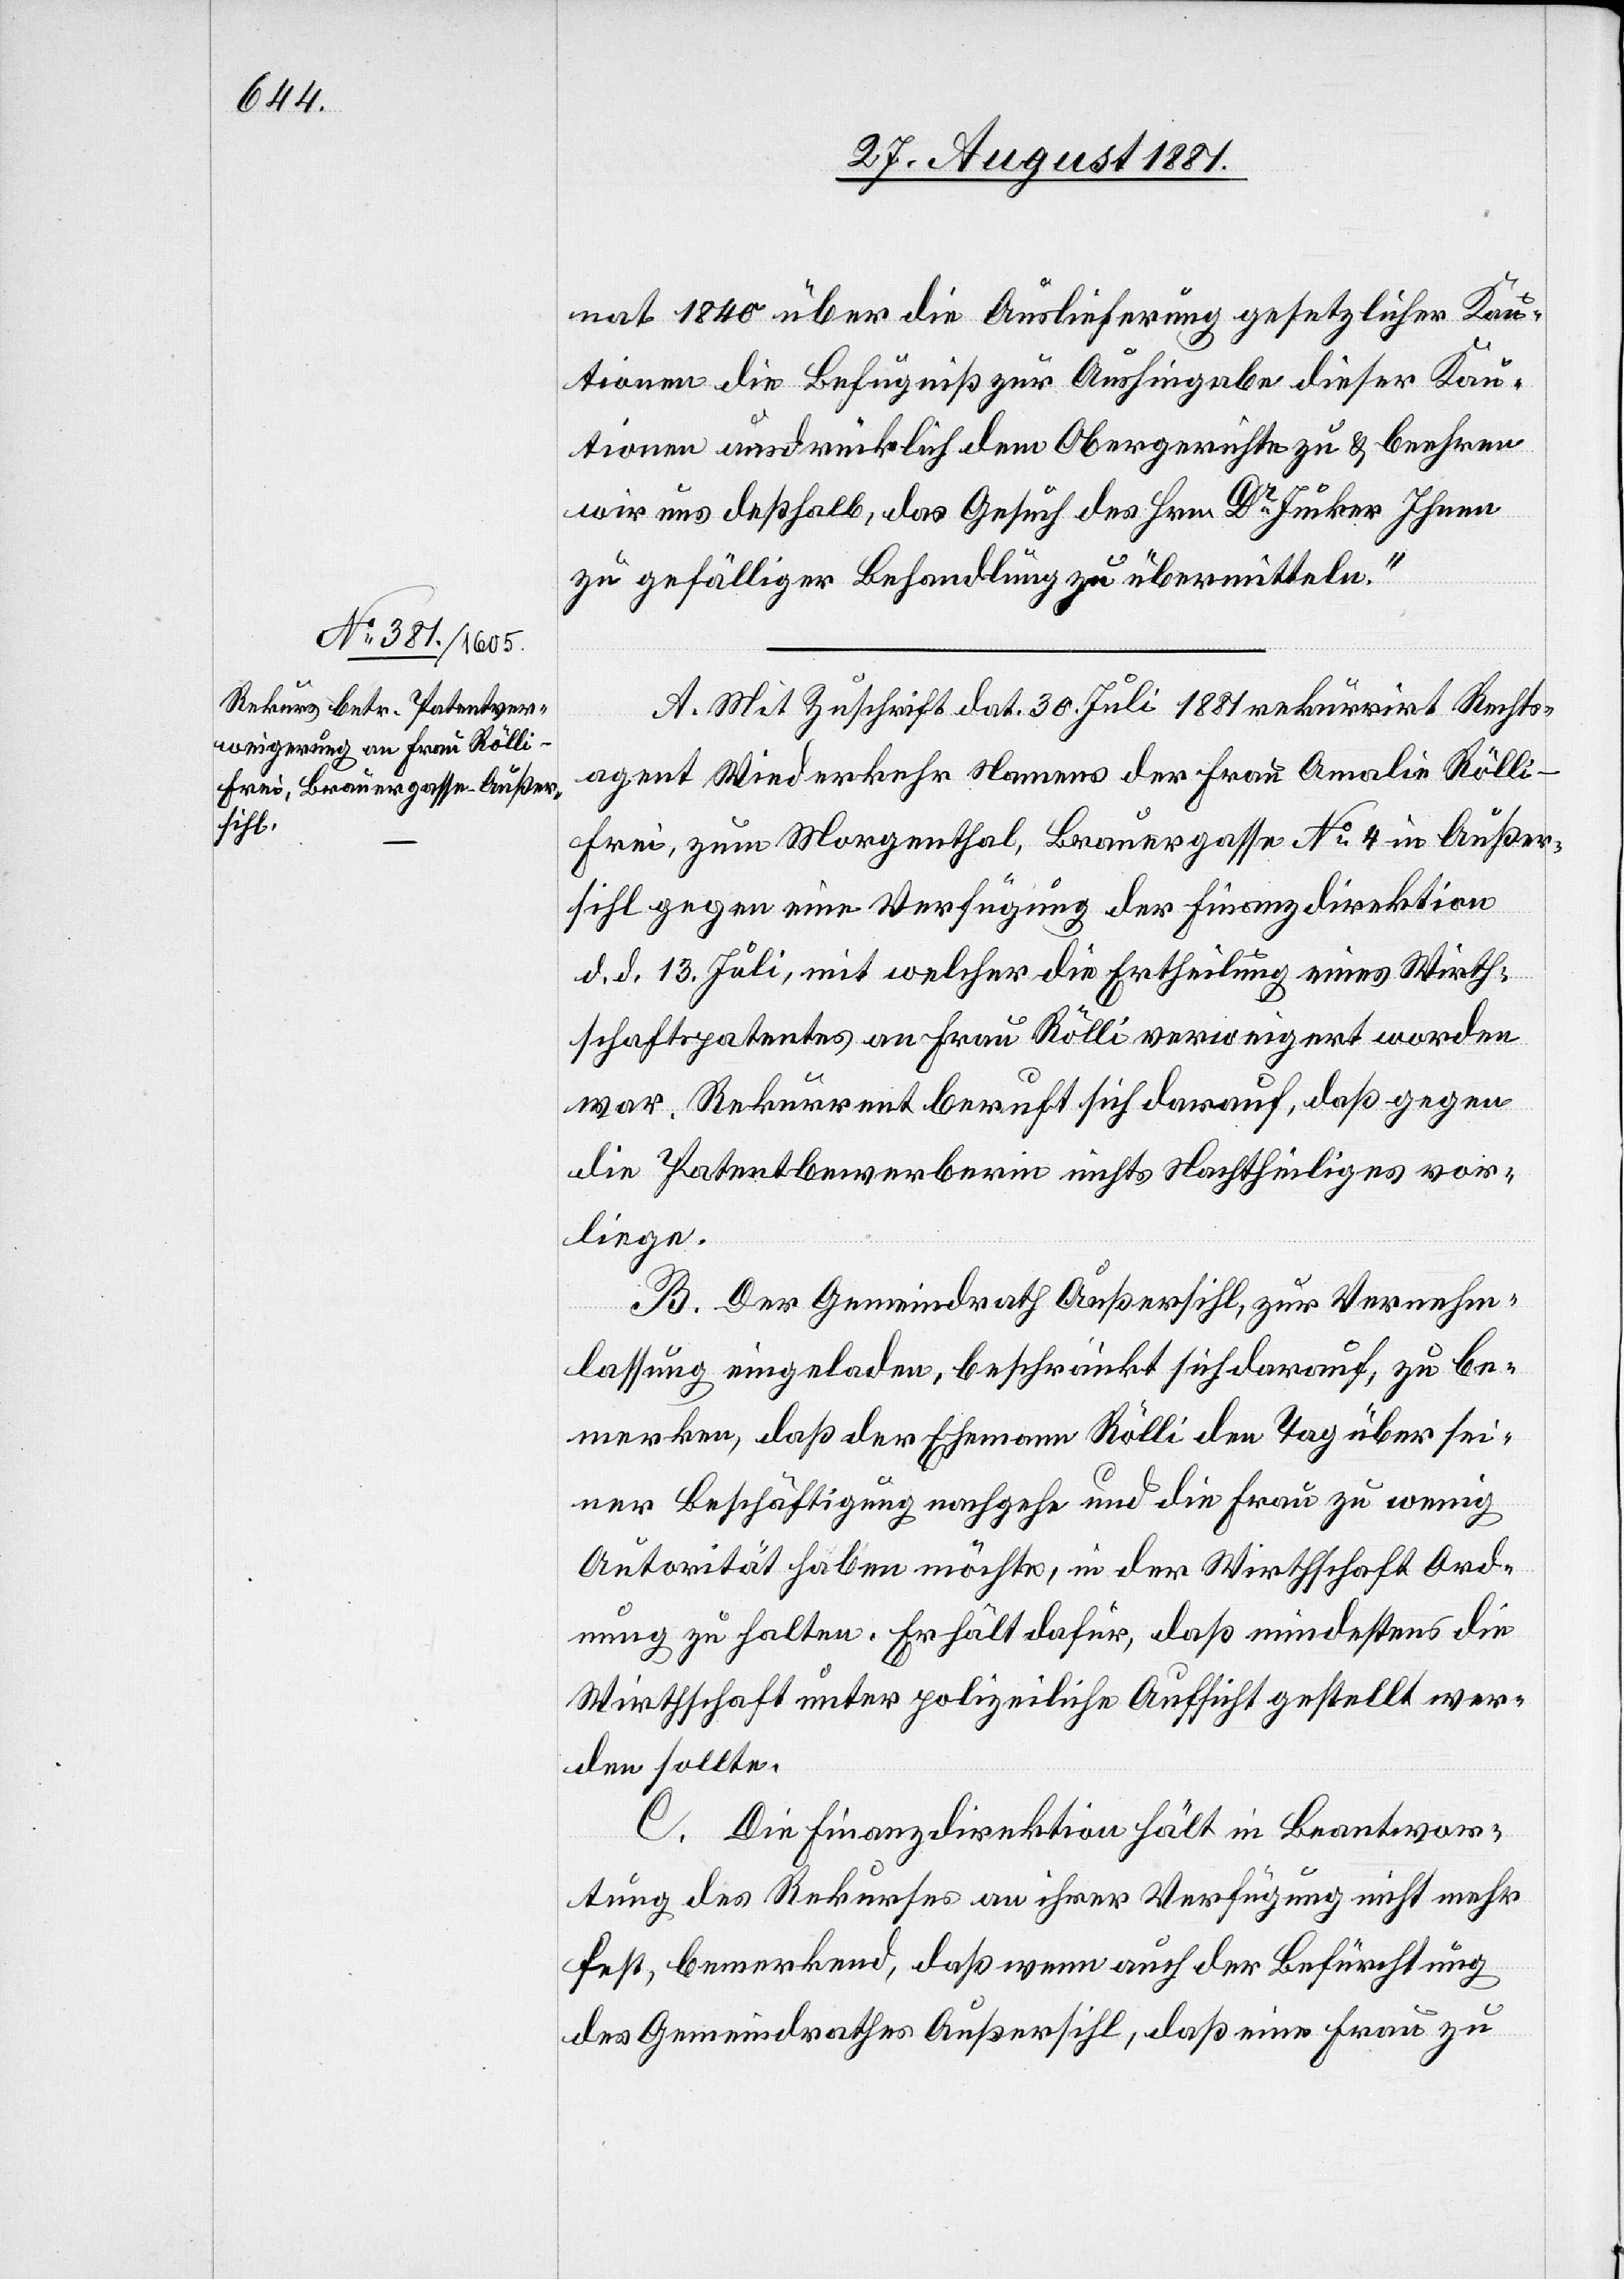
nat 1840 über die Auslieferung gesetzlicher Kau¬
tionen die Befugniß zur Aushingabe dieser Kau¬
tionen ausdrücklich dem Obergerichte zu & beehren
wir uns deßhalb, das Gesuch des Hrn. Dr Junker Ihnen
zu gefälliger Behandlung zu übermitteln.“
A. Mit Zuschrift dat. 30. Juli 1881 rekurrirt Rechts¬
agent Wiederkehr Namens der Frau Amalie Röll¬
i-Frei, zu, Morgentahl, Brauergasse No 4 in Außer¬
sihl gegen eine Verfügung der Finanzdirektion
d. d. 13. Juli, mit welcher die Ertheilung eines Wirth¬
schaftspatentes an Frau Rölli verweigert worden
war. Rekurrent beruft sich darauf, daß gegen
die Patentbewerberin nichts Nachtheiliges vor¬
liege.
B. Der Gemeindrath Außersihl, zur Vernehm¬
lassung eingeladen, beschränkt sich darauf, zu be¬
merken, daß der Ehemann Rölli den Tag über sei¬
ner Beschäftigung nachgehe und die Frau zu wenig
Autorität haben möchte, in der Wirthschaft Ord¬
nung zu halten. Er hält dafür, daß mindestens die
Wirthschaft unter polizeiliche Aufsicht gestellt wer¬
den sollte.
C. Die Finanzdirektion hält in Beantwor¬
tung des Rekurses an ihrer Verfügung nicht mehr
fest, bemerkend, daß wenn auch der Befürchtung
des Gemeindrathes Außersihl, daß eine Frau zu